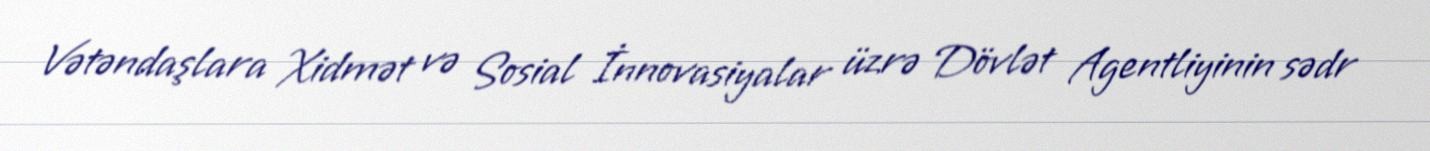
Vətəndaşlara Xidmət və Sosial İnnovasiyalar üzrə Dövlət Agentliyinin sədr